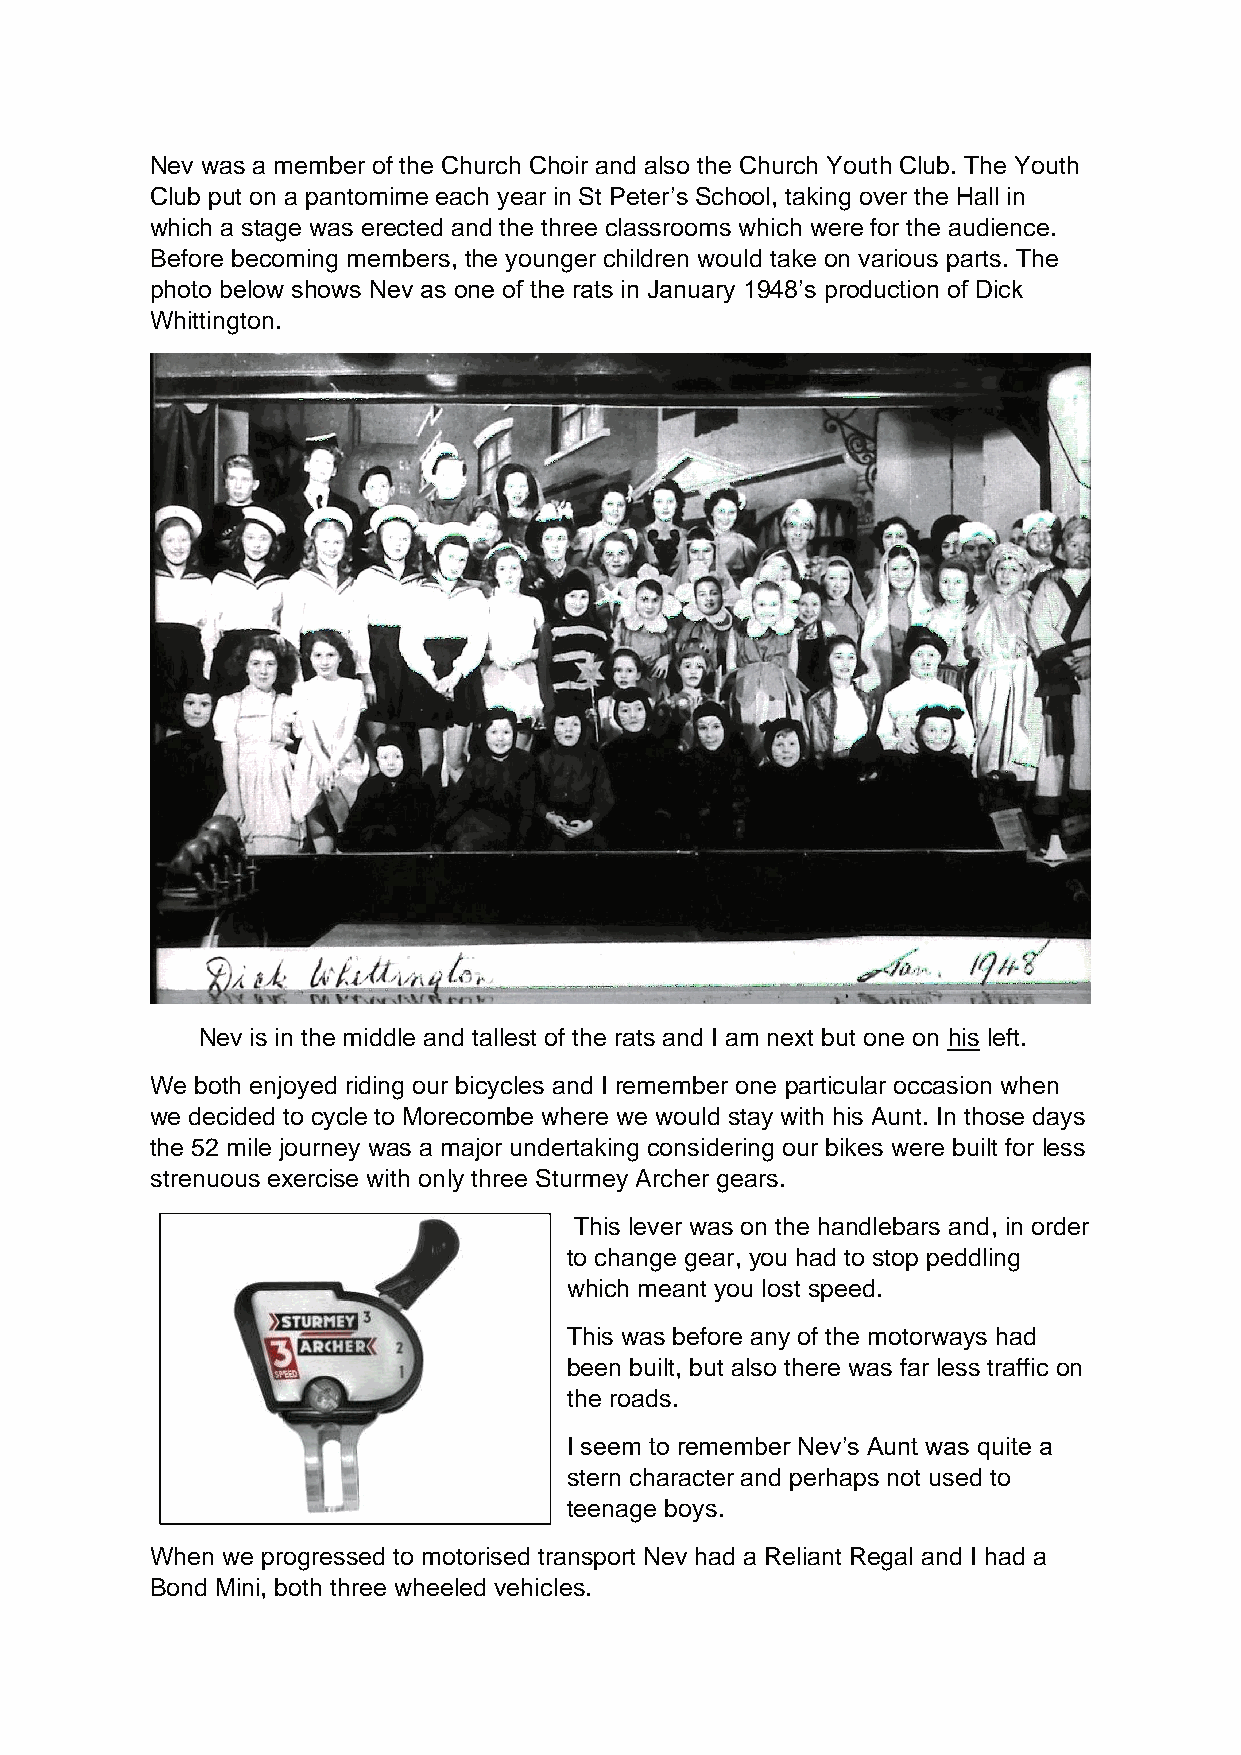
Nev was a member of the Church Choir and also the Church Youth Club. The Youth
 Club put on a pantomime each year in St Peter’s School, taking over the Hall in
 which a stage was erected and the three classrooms which were for the audience.
 Before becoming members, the younger children would take on various parts. The
 photo below shows Nev as one of the rats in January 1948’s production of Dick
 Whittington.
 Nev is in the middle and tallest of the rats and I am next but one on his left.
 We both enjoyed riding our bicycles and I remember one particular occasion when
 we decided to cycle to Morecombe where we would stay with his Aunt. In those days
 the 52 mile journey was a major undertaking considering our bikes were built for less
 strenuous exercise with only three Sturmey Archer gears.
 This lever was on the handlebars and, in order
 to change gear, you had to stop peddling
 which meant you lost speed.
 This was before any of the motorways had
 been built, but also there was far less traffic on
 the roads.
 I seem to remember Nev’s Aunt was quite a
 stern character and perhaps not used to
 teenage boys.
 When we progressed to motorised transport Nev had a Reliant Regal and I had a
 Bond Mini, both three wheeled vehicles.